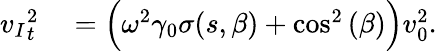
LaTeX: \begin{array}{rl}{{v_{I}}_{t}^{2}}&{{}={}\Big(\omega^{2}\gamma_{0}\sigma(s,\beta)+\cos^{2}{(\beta)}\Big)v_{0}^{2}.}\end{array}